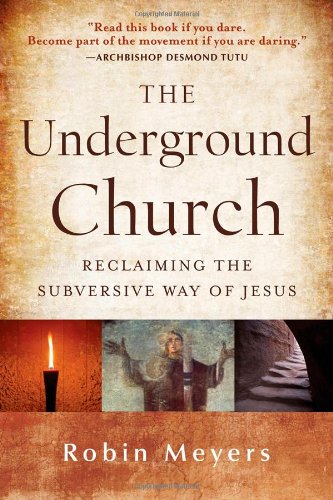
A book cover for The Underground Church: Reclaiming the Subversive Way of Jesus; Robin Meyers; Christian Books & Bibles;